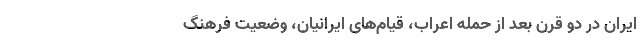
ایران در دو قرن بعد از حمله اعراب، قیام‌های ایرانیان، وضعیت فرهنگ